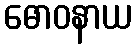
ဓောဝနာယ